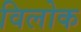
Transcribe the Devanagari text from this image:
विलोक